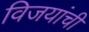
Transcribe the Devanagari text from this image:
विजयांची